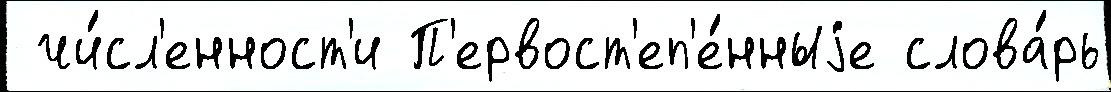
 чи́сл'енност'и П'ервост'еп'е́нныjе слова́рь